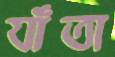
যাঁতা